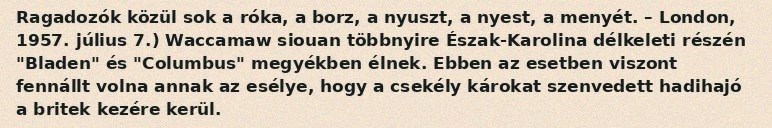
Ragadozók közül sok a róka, a borz, a nyuszt, a nyest, a menyét. – London, 1957. július 7.) Waccamaw siouan többnyire Észak-Karolina délkeleti részén "Bladen" és "Columbus" megyékben élnek. Ebben az esetben viszont fennállt volna annak az esélye, hogy a csekély károkat szenvedett hadihajó a britek kezére kerül.